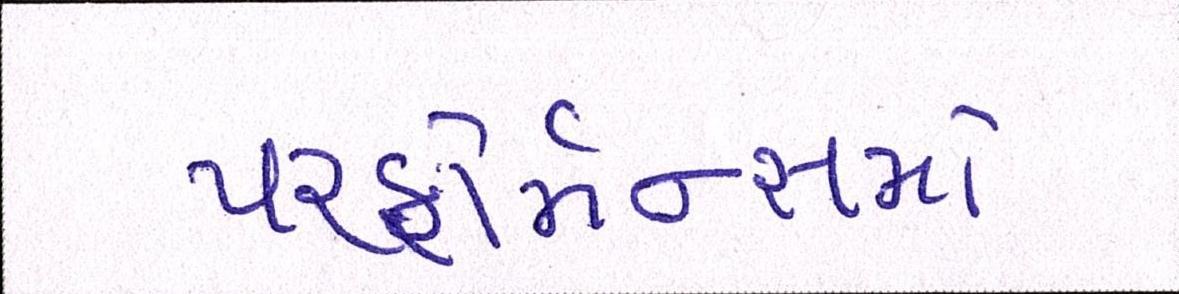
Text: પરફોર્મન્સમાં